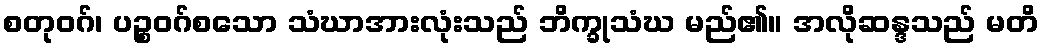
စတုဝဂ်၊ ပဉ္စဝဂ်စသော သံဃာအားလုံးသည် ဘိက္ခုသံဃ မည်၏။ အလိုဆန္ဒသည် မတိ